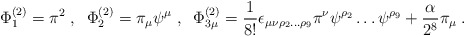
\begin{align*}\Phi^{(2)}_1 = \pi^2\;,\;\;\Phi^{(2)}_2 = \pi_\mu\psi^\mu\;,\;\;\Phi^{(2)}_{3\mu} =\frac{1}{8!}\epsilon_{\mu\nu\rho_2\ldots\rho_9}\pi^\nu\psi^{\rho_2}\ldots\psi^{\rho_9}+\frac{\alpha}{2^8}\pi_\mu\;.\end{align*}